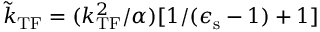
\tilde { k } _ { \mathrm { T F } } = ( k _ { \mathrm { T F } } ^ { 2 } / \alpha ) [ 1 / ( \epsilon _ { \mathrm { s } } - 1 ) + 1 ]